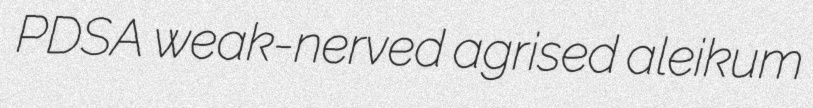
PDSA weak-nerved agrised aleikum